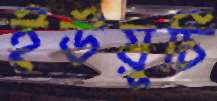
ইউয়ুচি